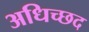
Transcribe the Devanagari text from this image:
अधिच्छद